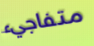
متفاجيء